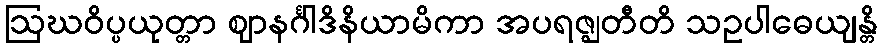
ဩဃဝိပ္ပယုတ္တာ ဈာနင်္ဂါဒိနိယာမိကာ အပရဇ္ဈတီတိ သဥပါဓေယျန္တိ